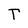
Character: T